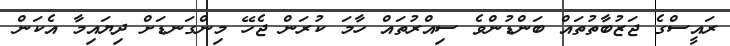
ރައީސްގެ ޖަޒުބާތުތައް ބަންޑުންވެ ސިއްރުތައް ހާމަ ކުރަން ޖެހޭ މިންގަނޑަށް ދިޔައިމާ އެކަން